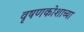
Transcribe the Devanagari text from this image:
वृषणकोशाच्या